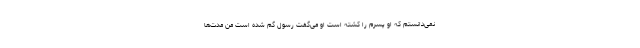
نمی‌دانستم که او پسرم را کشته است او می‌گفت رسول گم شده است من مدت‌ها